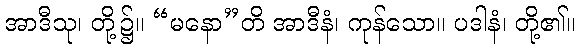
အာဒီသု၊ တို့၌။ “မနော”တိ အာဒီနံ၊ ကုန်သော။ ပဒါနံ၊ တို့၏။